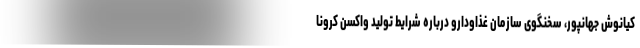
کیانوش جهانپور، سخنگوی سازمان غذاودارو درباره شرایط تولید واکسن کرونا